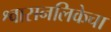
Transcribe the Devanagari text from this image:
श्वासनलिकेचा